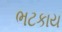
ભટકાય